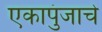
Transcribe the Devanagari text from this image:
एकापुंजाचे